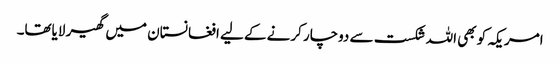
امریکہ کو بھی اللہ شکست سے دوچار کرنے کے لیے افغانستان میں گھیر لایاتھا۔